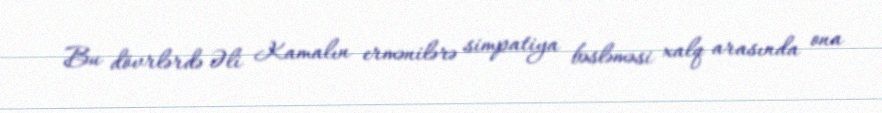
Bu dövrlərdə Əli Kamalın ermənilərə simpatiya bəsləməsi xalq arasında ona